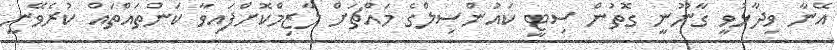
އޭނާ ވިދާޅުވީ ގާނޫނީ ގޮތުން ސިޓީ ކައުންސިލްގެ މައްޗަށް ލާޒިމްކޮށްފައިވާ ކަންތައްތައް ކުރެވޭނީ